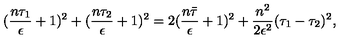
( \frac { n \tau _ { 1 } } { \epsilon } + 1 ) ^ { 2 } + ( \frac { n \tau _ { 2 } } { \epsilon } + 1 ) ^ { 2 } = 2 ( \frac { n \bar { \tau } } { \epsilon } + 1 ) ^ { 2 } + \frac { n ^ { 2 } } { 2 \epsilon ^ { 2 } } ( \tau _ { 1 } - \tau _ { 2 } ) ^ { 2 } ,